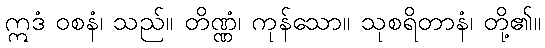
ဣဒံ ဝစနံ၊ သည်။ တိဏ္ဏံ၊ ကုန်သော။ သုစရိတာနံ၊ တို့၏။